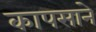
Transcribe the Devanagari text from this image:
कापसाने